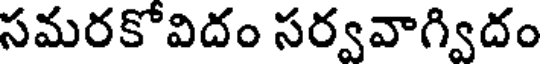
సమరకోవిదం సర్వవాగ్విదం